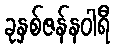
ခုနှစ်ဇန်နဝါရီ